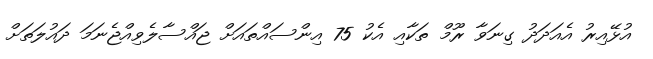
އުޅޭއިރު އެއަދަދު ގިނަވާ ރޫމް ތަކާއި އެކު 75 އިންސައްތައަށް ޖައްސާލެވިއްޖެނަމަ ދައުލަތަށް